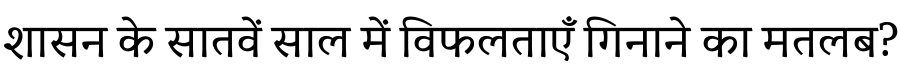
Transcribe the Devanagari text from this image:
शासन के सातवें साल में विफलताएँ गिनाने का मतलब?